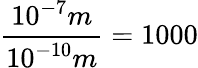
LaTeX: \frac{10^{-7}m}{10^{-10}m}=1000